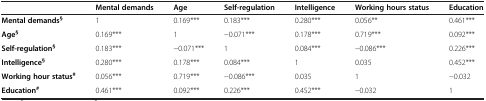
|  | Mental demands | Age | Self-regulation | Intelligence | Working hours status | Education |
 | --- | --- | --- | --- | --- | --- | --- |
 | Mental demands§ | 1 | 0.169*** | 0.183*** | 0.280*** | 0.056** | 0.461*** |
 | Age§ | 0.169*** | 1 | −0.071*** | 0.178*** | 0.719*** | 0.092*** |
 | Self-regulation§ | 0.183*** | −0.071*** | 1 | 0.084*** | −0.086*** | 0.226*** |
 | Intelligence§ | 0.280*** | 0.178*** | 0.084*** | 1 | 0.035 | 0.452*** |
 | Working hour status# | 0.056*** | 0.719*** | −0.086*** | 0.035 | 1 | −0.032 |
 | Education# | 0.461*** | 0.092*** | 0.226*** | 0.452*** | −0.032 | 1 |